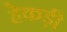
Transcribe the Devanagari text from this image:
हेकड़ी